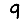
Digit: 9